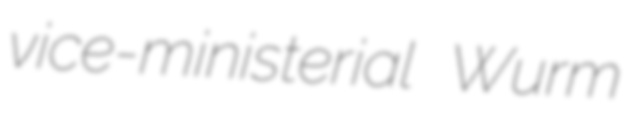
vice-ministerial Wurm